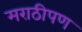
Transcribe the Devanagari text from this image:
मराठीपण